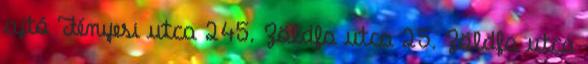
ajtó Fényesi utca 245. Zöldfa utca 25. Zöldfa utca